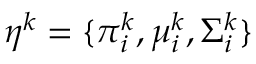
\eta ^ { k } = \{ \pi _ { i } ^ { k } , \mu _ { i } ^ { k } , \Sigma _ { i } ^ { k } \}